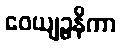
ဝေယျဉ္ဇနိကာ